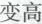
变高